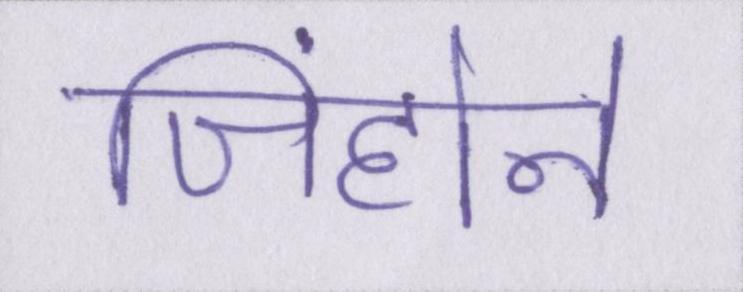
जिंहोने